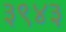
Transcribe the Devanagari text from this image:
३९४३